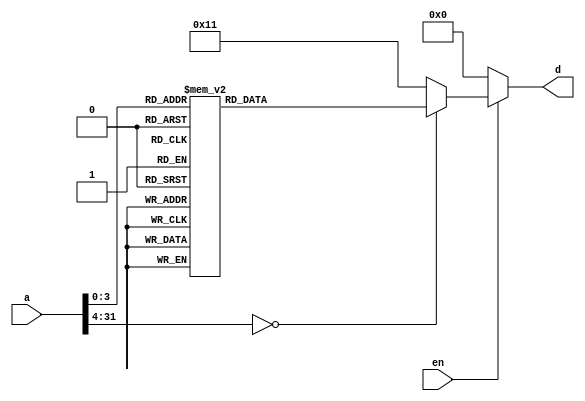
module top(input [31:0] a, input en, output [7:0] d);

always @*
	if (en)
		case(a)
			0: d <= 8'h12;
			1: d <= 8'h34;
			2: d <= 8'h56;
			3: d <= 8'h78;
			4: d <= 8'h9a;
			5: d <= 8'hbc;
			6: d <= 8'hde;
			7: d <= 8'hff;
			8: d <= 8'h61;
			9: d <= 8'h49;
			10: d <= 8'h36;
			11: d <= 8'h81;
			12: d <= 8'h8c;
			default: d <= 8'h11;
		endcase
	else
		d <= 0;

endmodule